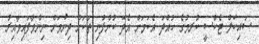
ސައިކަލް ޓެކްސީ ކުރމުގެ ހުއްދަ އެކަމަށް އެދޭ ކުންފުނި ތަކަށް ދިނުމަށް ނިންމާފައިވާއިރު